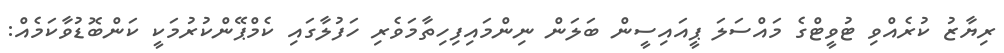
ރިޔާޒު ކުރެއްވި ޓުވީޓްގެ މައްސަލަ ޕީއައިސީން ބަލަން ނިންމައިފިހިތާމަވެރި ހަފުލާގައި ކެމްޕޭންކުރުމަކީ ކަންބޮޑުވާކަމެއް: